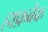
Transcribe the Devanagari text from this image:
हाफ़बैक